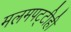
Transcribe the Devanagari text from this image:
मलमपट्टीही